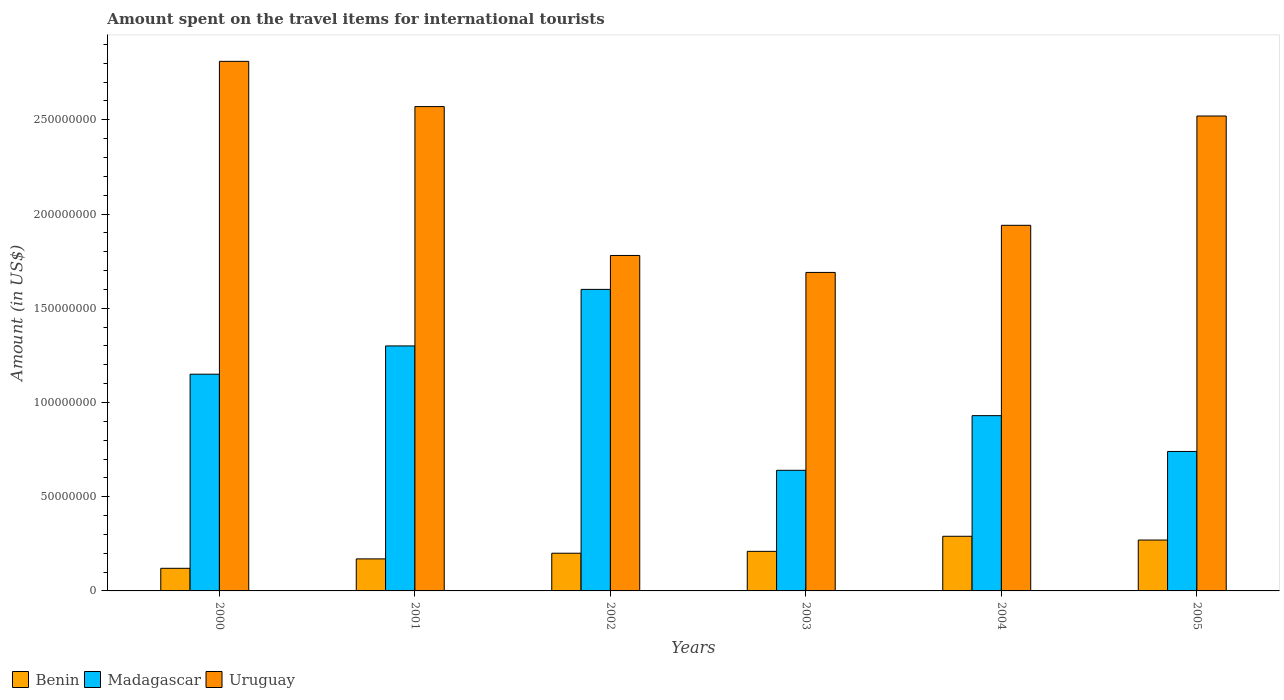
| Years | Benin | Madagascar | Uruguay |
 | --- | --- | --- | --- |
 | 2000 | 1.2e+07 | 1.15e+08 | 2.81e+08 |
 | 2001 | 1.7e+07 | 1.3e+08 | 2.57e+08 |
 | 2002 | 2e+07 | 1.6e+08 | 1.78e+08 |
 | 2003 | 2.1e+07 | 6.4e+07 | 1.69e+08 |
 | 2004 | 2.9e+07 | 9.3e+07 | 1.94e+08 |
 | 2005 | 2.7e+07 | 7.4e+07 | 2.52e+08 |